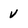
Character: V